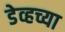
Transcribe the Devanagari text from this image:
डेव्हच्या